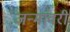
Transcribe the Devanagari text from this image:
जन्मांवरी